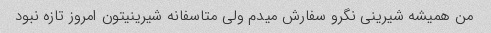
من همیشه شیرینی نگرو سفارش میدم ولی متاسفانه شیرینیتون امروز تازه نبود